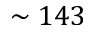
\sim 1 4 3